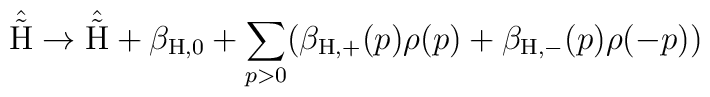
\hat{\tilde{\rm H}} \rightarrow \hat{\tilde{\rm H}} +\beta_{\rm H,0} + \sum_{p>0} ( \beta_{\rm H,+}(p) \rho(p) +\beta_{\rm H,-}(p) \rho(-p) )